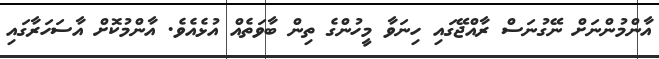
އާންމުންނަށް ނޭގުނަސް ރާއްޖޭގައި ހިނަވާ މީހުންގެ ތިން ބާވަތެއް އުޅެއެވެ. އާންމުކޮށް އާސަހަރާގައި